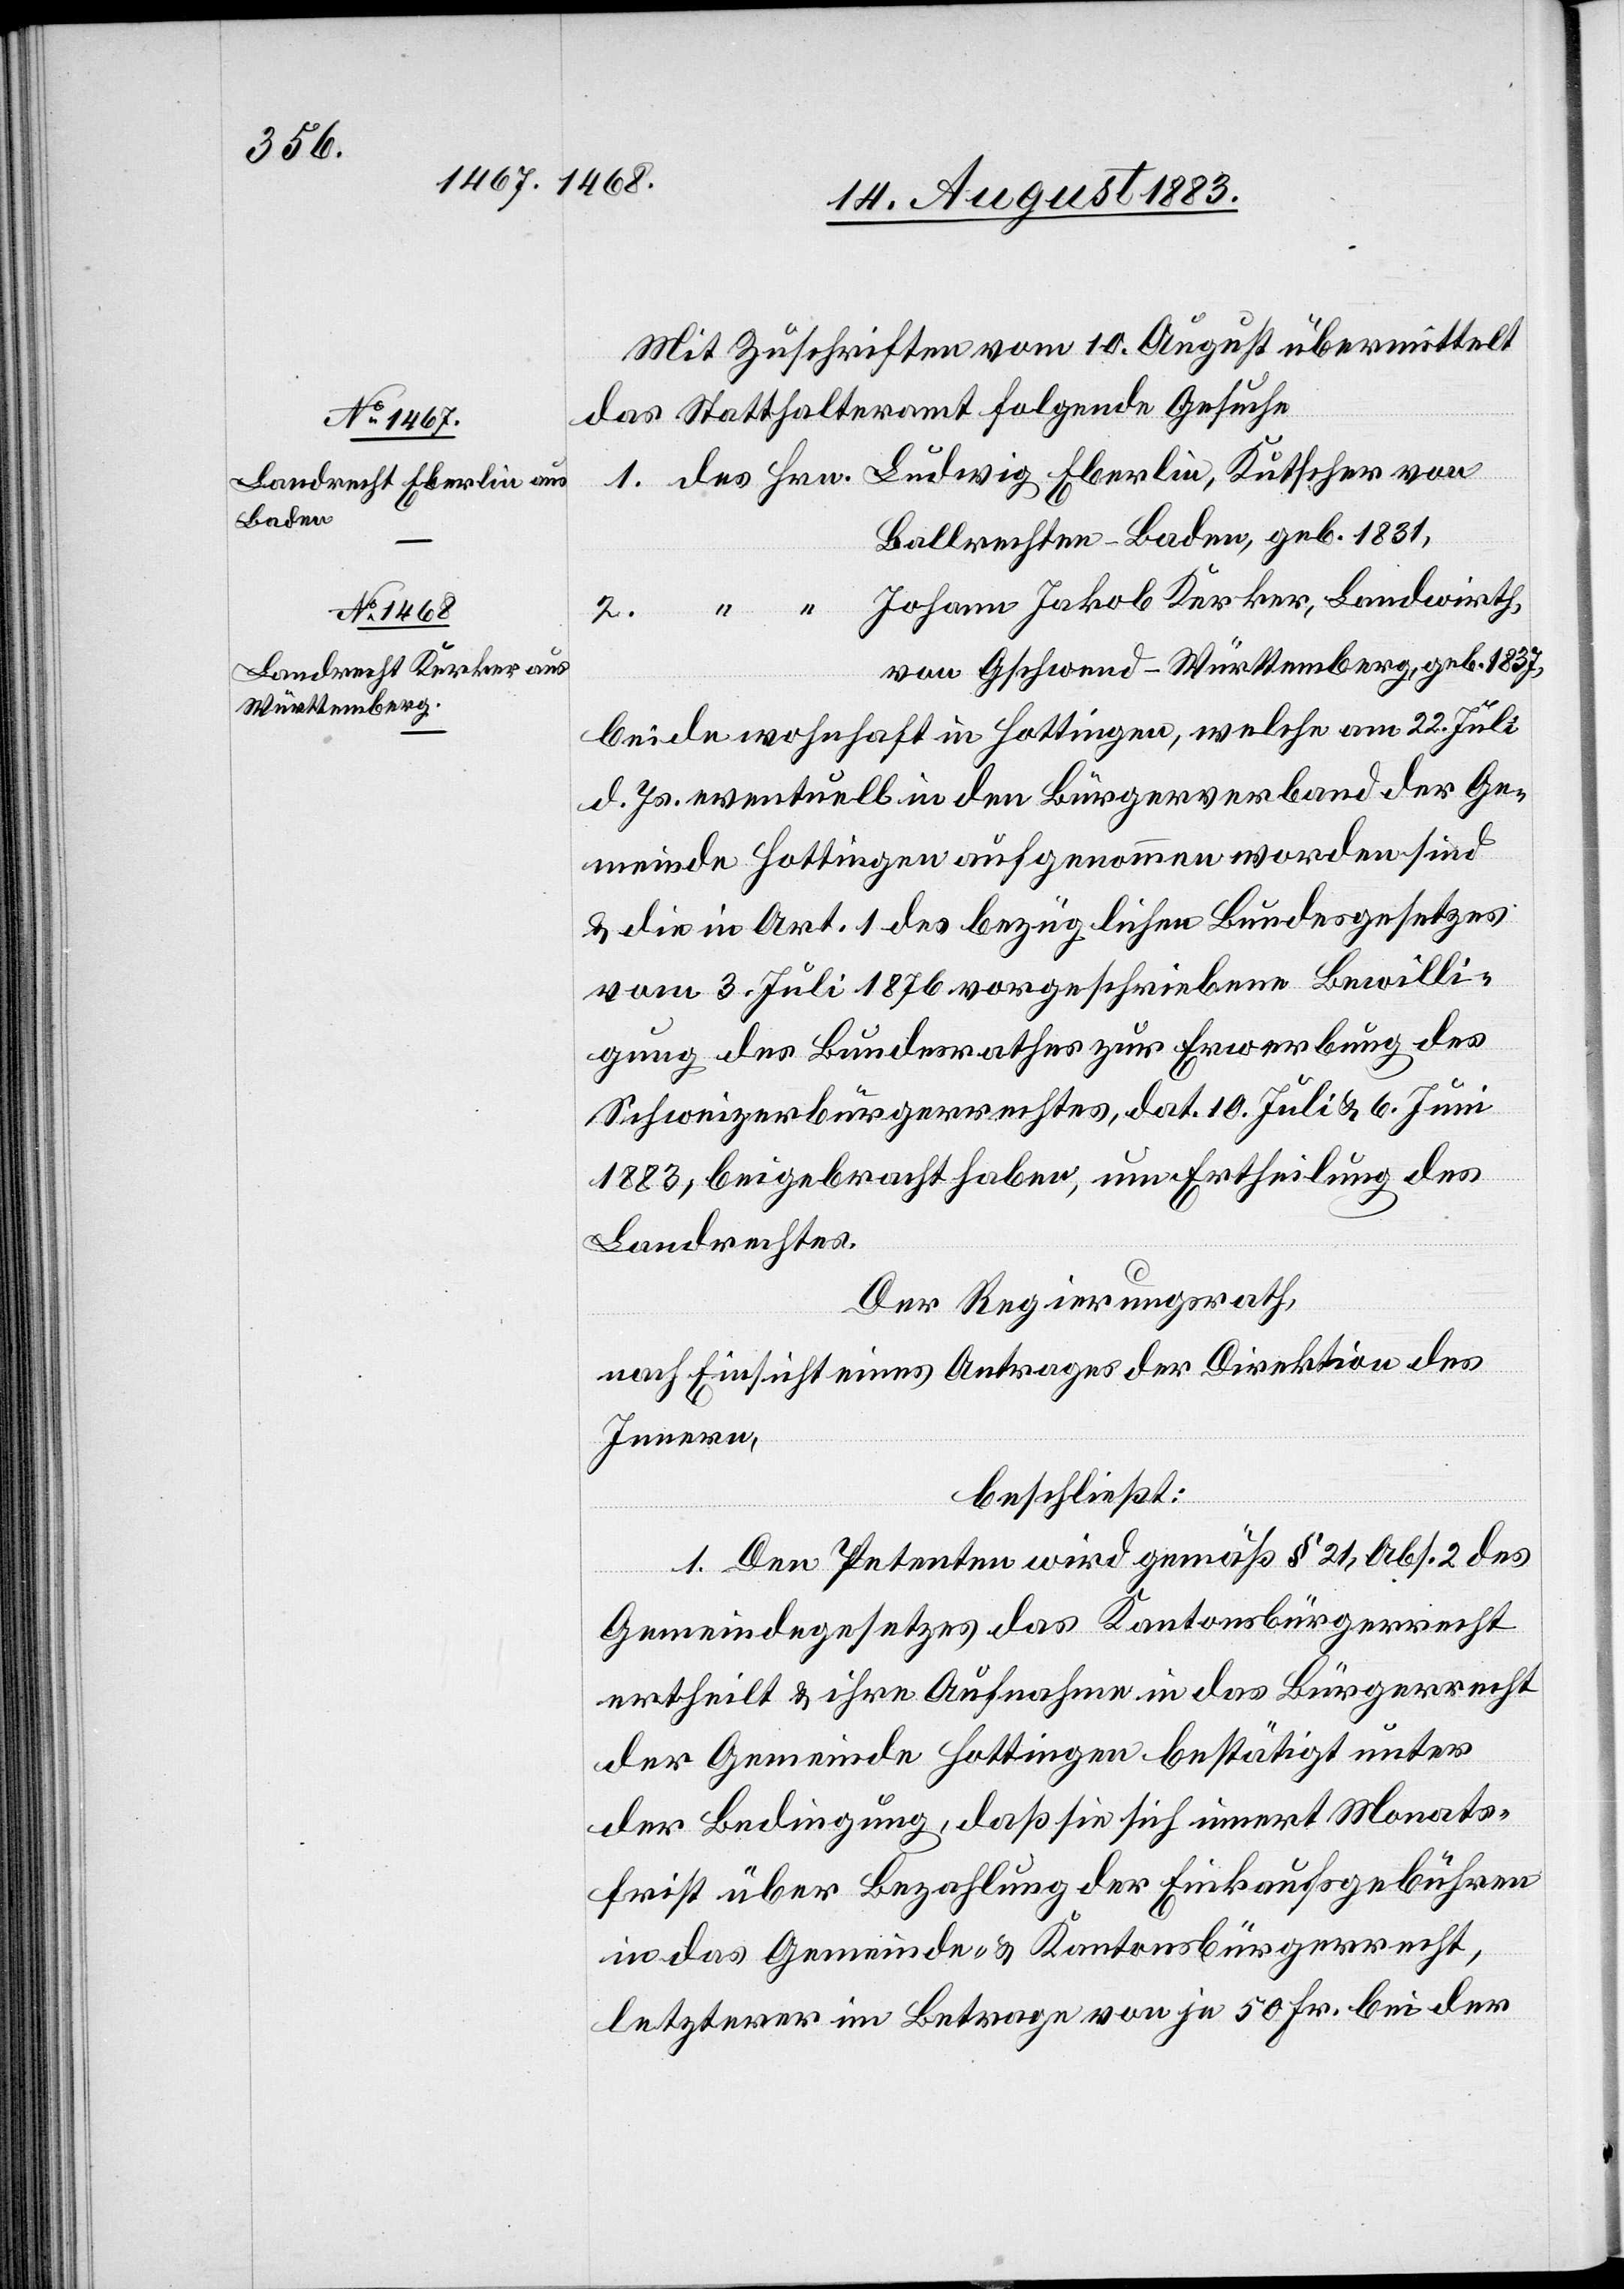
Mit Zuschriften vom 10. August übermittelt
das Statthalteramt folgende Gesuche
1. des Hrn. Ludwig Eberlin, Kutscher von
Ballrechten - Baden, geb. 1831,
Hrn.] Johann Jakob Kerker, Landwirth,
2.
von Gschwend - Württemberg, geb. 1837,
beide wohnhaft in Hottingen, welche am 22. Juli
d. Js. eventuell in den Bürgerverband der Ge¬
meinde Hottingen aufgenommen worden sind
& die in Art. 1 des bezüglichen Bundesgesetzes
vom 3. Juli 1876 vorgeschriebene Bewilli¬
gung des Bundesrathes zur Erwerbung des
Schweizerbürgerrechtes, dat. 10 Juli & 6. Juni
1883, beigebracht haben, um Ertheilung des
Landrechtes.
Der Regierungsrath,
nach Einsicht eines Antrages der Direktion des
Innern,
beschließt:
1. Den Petenten wird gemäß § 21, Abs. 2 des
Gemeindegesetzes das Kantonsbürgerrecht
ertheilt & ihre Aufnahme in das Bürgerrecht
der Gemeinde Hottingen bestätigt unter
der Bedingung, daß sie sich innert Monats¬
frist über Bezahlung der Einkaufsgebühren
in das Gemeinde- & Kantonsbürgerrecht,
letzterer im Betrage von je 50 Fr. bei der